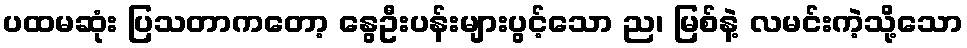
ပထမဆုံး ပြသတာကတော့ နွေဦးပန်းများပွင့်သော ည၊ မြစ်နဲ့ လမင်းကဲ့သို့သော